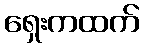
ရှေးကထက်